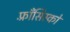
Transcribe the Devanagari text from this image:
फ़्राँसिस्को